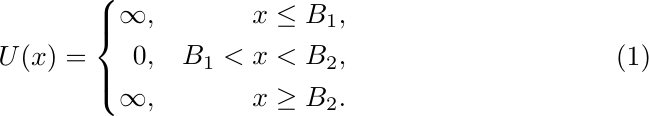
\begin{equation}
U(x)=\left\{
\begin{aligned}
\infty & , & x\leq B_1,\\
0 & , & B_1<x<B_2,\\
\infty & , & x\geq B_2.
\end{aligned}
\right.
\end{equation}